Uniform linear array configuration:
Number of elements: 32
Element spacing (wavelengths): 1
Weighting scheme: cosine
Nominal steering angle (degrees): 60
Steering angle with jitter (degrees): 58.648
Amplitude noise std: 0.05
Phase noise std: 0.05

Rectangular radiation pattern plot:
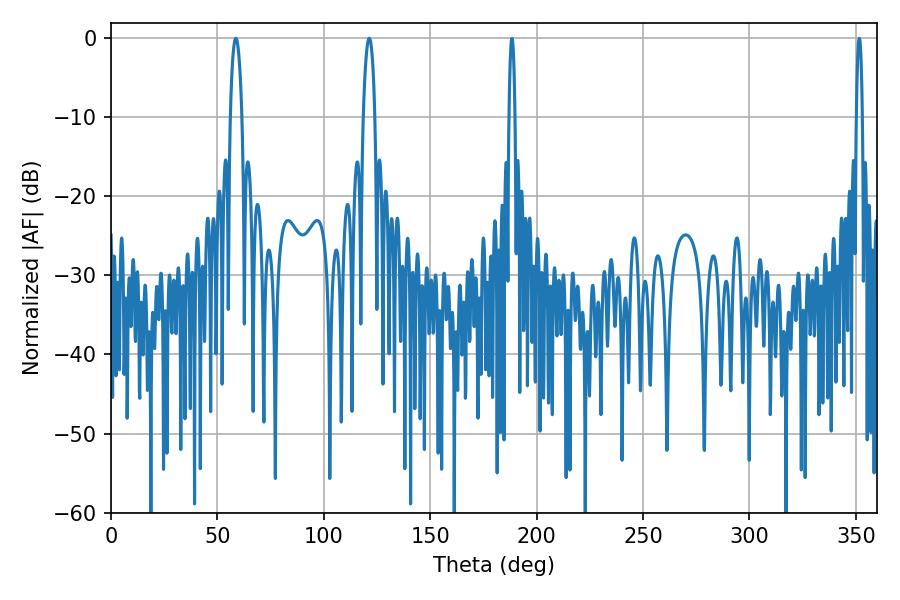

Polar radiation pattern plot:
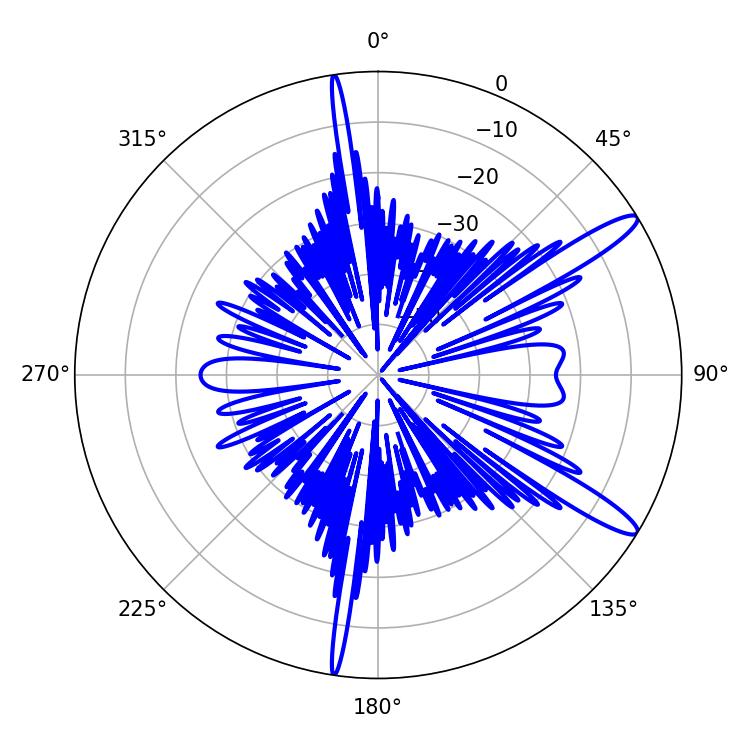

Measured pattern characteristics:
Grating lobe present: TRUE
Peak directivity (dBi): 13.277
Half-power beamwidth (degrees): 3.06
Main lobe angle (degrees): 58.68